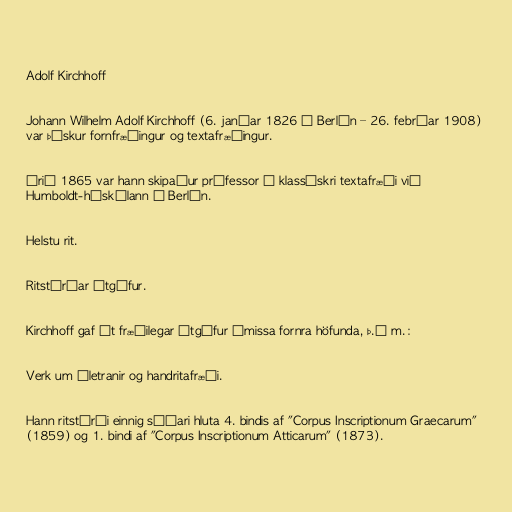
Adolf Kirchhoff

Johann Wilhelm Adolf Kirchhoff (6. janúar 1826 í Berlín – 26. febrúar 1908)
var þýskur fornfræðingur og textafræðingur.

Árið 1865 var hann skipaður prófessor í klassískri textafræði við
Humboldt-háskólann í Berlín.

Helstu rit.

Ritstýrðar útgáfur.

Kirchhoff gaf út fræðilegar útgáfur ýmissa fornra höfunda, þ.á m.:

Verk um áletranir og handritafræði.

Hann ritstýrði einnig síðari hluta 4. bindis af "Corpus Inscriptionum Graecarum"
(1859) og 1. bindi af "Corpus Inscriptionum Atticarum" (1873).